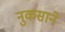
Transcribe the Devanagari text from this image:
नुकसाने